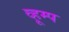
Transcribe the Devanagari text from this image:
व्हूम्प